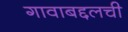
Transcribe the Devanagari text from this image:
गावाबद्दलची